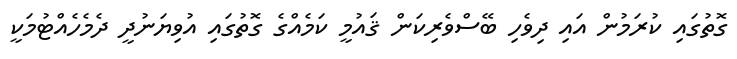
ގޮތުގައި ކުރަމުން އައި ދިވެހި ބޭސްވެރިކަން ޤައުމީ ކަމެއްގެ ގޮތުގައި އުވިޔަނުދީ ދެމެހެއްޓުމަކީ